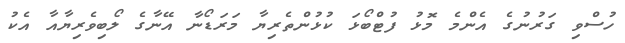
ހުސްވި ގަރުނުގެ އެންމެ މޮޅު ފުޓްބޯޅަ ކުޅުންތެރިޔާ މަރަޑޯނާ އޭނާގެ ލޯބިވެރިޔާއާ އެކު